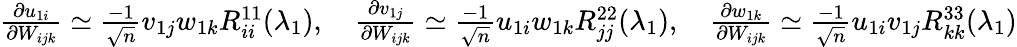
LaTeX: \begin{array}{r}{\frac{\partial u_{1i}}{\partial W_{ijk}}\simeq\frac{-1}{\sqrt n}v_{1j}w_{1k}R_{ii}^{11}(\lambda_{1}),\quad\frac{\partial v_{1j}}{\partial W_{ijk}}\simeq\frac{-1}{\sqrt n}u_{1i}w_{1k}R_{jj}^{22}(\lambda_{1}),\quad\frac{\partial w_{1k}}{\partial W_{ijk}}\simeq\frac{-1}{\sqrt n}u_{1i}v_{1j}R_{kk}^{33}(\lambda_{1})}\end{array}